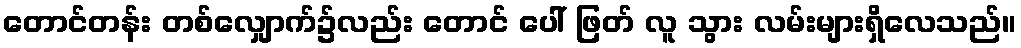
တောင်တန်း တစ်လျှောက်၌လည်း တောင် ပေါ် ဖြတ် လူ သွား လမ်းများရှိလေသည်။